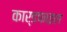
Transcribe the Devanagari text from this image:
कार्डफाइल